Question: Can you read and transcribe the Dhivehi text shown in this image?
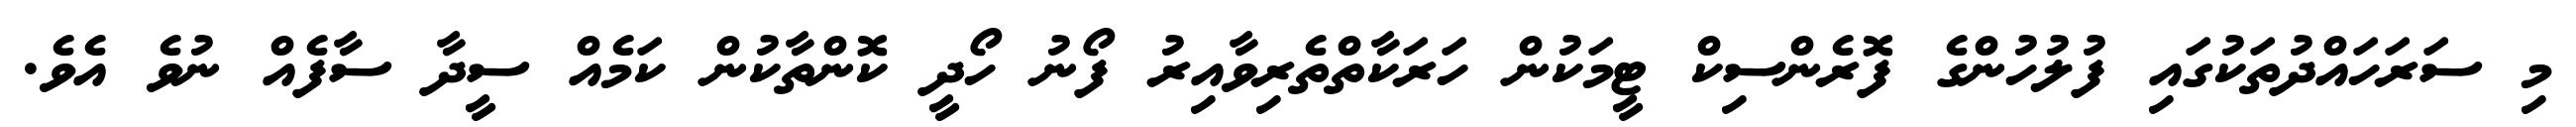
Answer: މި ސަރަހައްދުތަކުގައި ފުލުހުންގެ ފޮރެންސިކް ޓީމަކުން ހަރަކާތްތެރިވާއިރު ފޯނު ހޯދީ ކޮންތާކުން ކަމެއް ސީދާ ސާފެއް ނުވެ އެވެ.